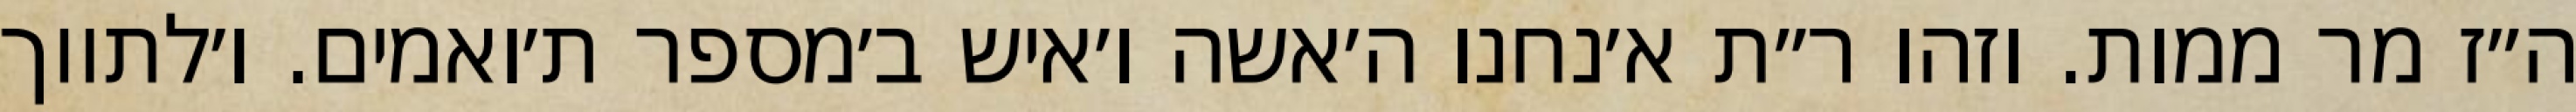
ה״ז מר ממות. וזהו ר״ת א׳נחנו ה׳אשה ו׳איש ב׳מספר ת׳ואמים. ו׳לתווך